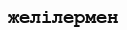
желілермен